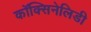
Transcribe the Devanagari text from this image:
कॉक्सिनेलिडी